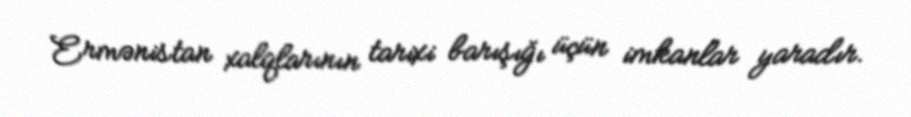
Ermənistan xalqlarının tarixi barışığı üçün imkanlar yaradır.